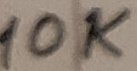
Text: 10K